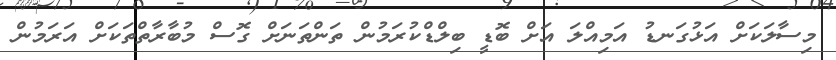
މިސާލަކަށް އަޅުގަނޑު އަމިއްލަ އަށް ބޮޑީ ބިލްޑްކުރަމުން ތަންތަނަށް ގޮސް މުބާރާތްތަކަށް އަރަމުން